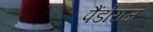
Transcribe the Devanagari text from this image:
पैंडोराज